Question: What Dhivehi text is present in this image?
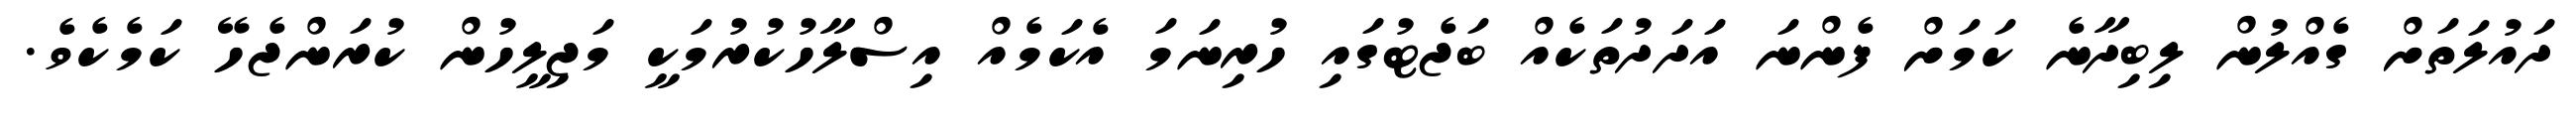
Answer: ދައުލަތަށް ގެއްލުން ލިބިދާނެ ކަމަށް ފެންނަ އަދަދުތަކެއް ބަޖެޓުގައި ހުރިނަމަ އެކަމެއް އިސްލާހުކުރުމަކީ މަޖިލީހުން ކުރަންޖެހޭ ކަމެކެވެ.